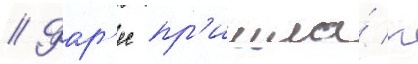
// Фар'ес пр'ишла́ к